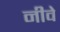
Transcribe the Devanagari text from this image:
नीवे